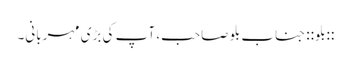
::بلو:: جناب بلو صاحب، آپ کی بڑی مہربانی۔